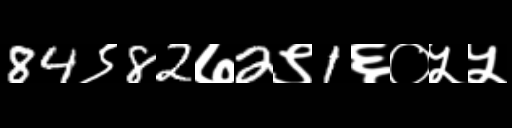
Text: 84९82७2९1६०५५